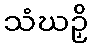
သံဃဉှိ